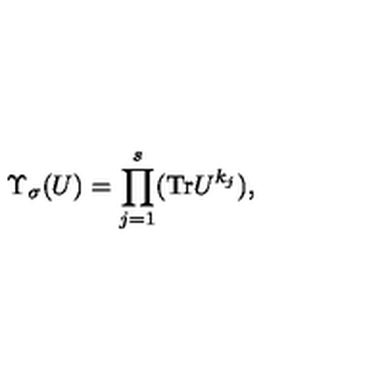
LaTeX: \Upsilon _ { \sigma } ( U ) = \prod _ { j = 1 } ^ { s } ( \mathrm { T r } U ^ { k _ { j } } ) ,